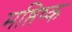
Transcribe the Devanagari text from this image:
मष्तिष्‍क